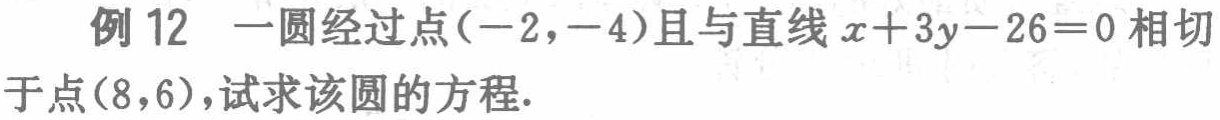
例 12 一圆经过点$(-2,-4)$且与直线$x + 3y - 26 = 0$相切于点$(8,6)$，试求该圆的方程.